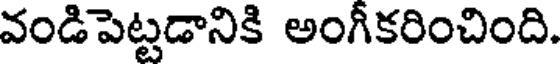
వండిపెట్టడానికి అంగీకరించింది.